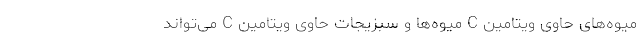
میوه‌های حاوی ویتامین C میوه‌ها و سبزیجات حاوی ویتامین C می‌تواند